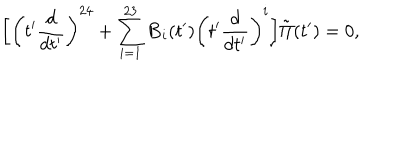
LaTeX: \biggl [ \biggl ( t ^ { \prime } { \frac { d } { d t ^ { \prime } } } \biggr ) ^ { 2 4 } + \sum _ { i = 1 } ^ { 2 3 } { \bf B } _ { i } ( t ^ { \prime } ) \biggl ( t ^ { \prime } { \frac { d } { d t ^ { \prime } } } \biggr ) ^ { i } \biggr ] \tilde { \Pi } ( t ^ { \prime } ) = 0 ,